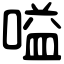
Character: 嗌